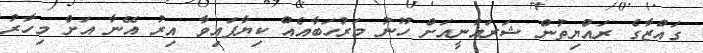
ގައްޒާގެ ރައްޔިތުން ޝަރައުނީއަށް ހޫނު މަރުހަބާއެއް ކިޔާފައިވާ އިރު އޭނާ އަށް މިހާރު